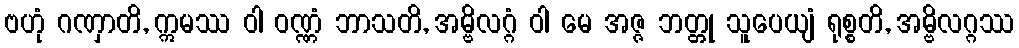
ဗဟုံ ဂဏှာတိ, ဣမဿ ဝါ ဝဏ္ဏံ ဘာသတိ, အမ္ဗိလဂ္ဂံ ဝါ မေ အဇ္ဇ ဘတ္တု သူပေယျံ ရုစ္စတိ, အမ္ဗိလဂ္ဂဿ